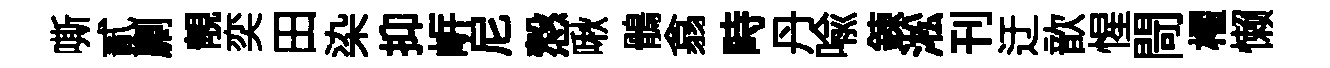
嘶貳劘靚奕田染抑㟁尼慤啾鶻翕畤丹喻錬淞刊迂歆惺閜櫂懒